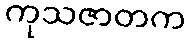
ကုသဇာတက